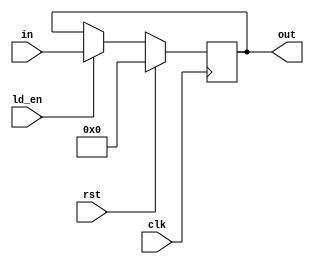
module register(clk,rst,in,ld_en,out);
//sync ckt
input clk,rst,ld_en;
input [31:0] in;
output reg [31:0] out;
//reg [31:0] out;
always @(posedge clk)
	begin
		if(rst == 1)
		out <= 0;
		else if(ld_en == 1)
		out <= in;
 	end
endmodule